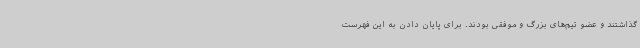
گذاشتند و عضو تیم‌های بزرگ و موفقی بودند. برای پایان دادن به این فهرست